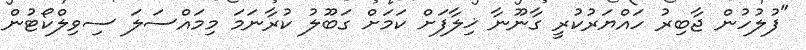
"ފުލުހުން ޖާބިރު ހައްޔަރުކުރީ ގާނޫނާ ޚިލާފަށް ކަމަށް ގަބޫލު ކުރާނަމަ މިމައްސަލަ ސިވިލްކޯޓުން